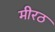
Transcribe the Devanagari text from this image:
मीरठ